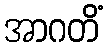
အာဂတိံ